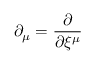
\partial _ { \mu } = \frac { \partial } { \partial \xi ^ { \mu } }